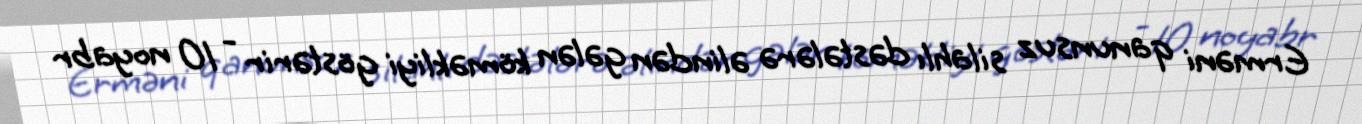
Erməni qanunsuz silahlı dəstələrə əlindən gələn köməkliyi göstərir - 10 noyabr